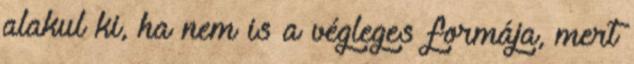
alakul ki, ha nem is a végleges formája, mert